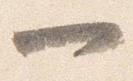
一